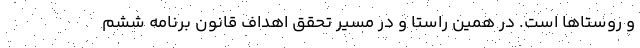
و روستاها است. در همین راستا و در مسیر تحقق اهداف قانون برنامه ششم